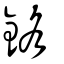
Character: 鉻